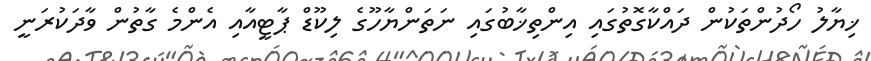
ޚިޔާލު ހޯދުންތަކުން ދައްކާގޮތުގައި އިންތިޚާބުގައި ނަތަންޔާހޫގެ ލިކޫޑް ޕާޓީއާއި އެންމެ ގާތުން ވާދަކުރަނީ